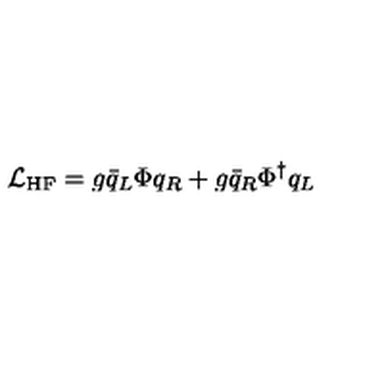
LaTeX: { \cal L } _ { \mathrm { H F } } = g \bar { q } _ { L } \Phi q _ { R } + g \bar { q } _ { R } \Phi ^ { \dagger } q _ { L }